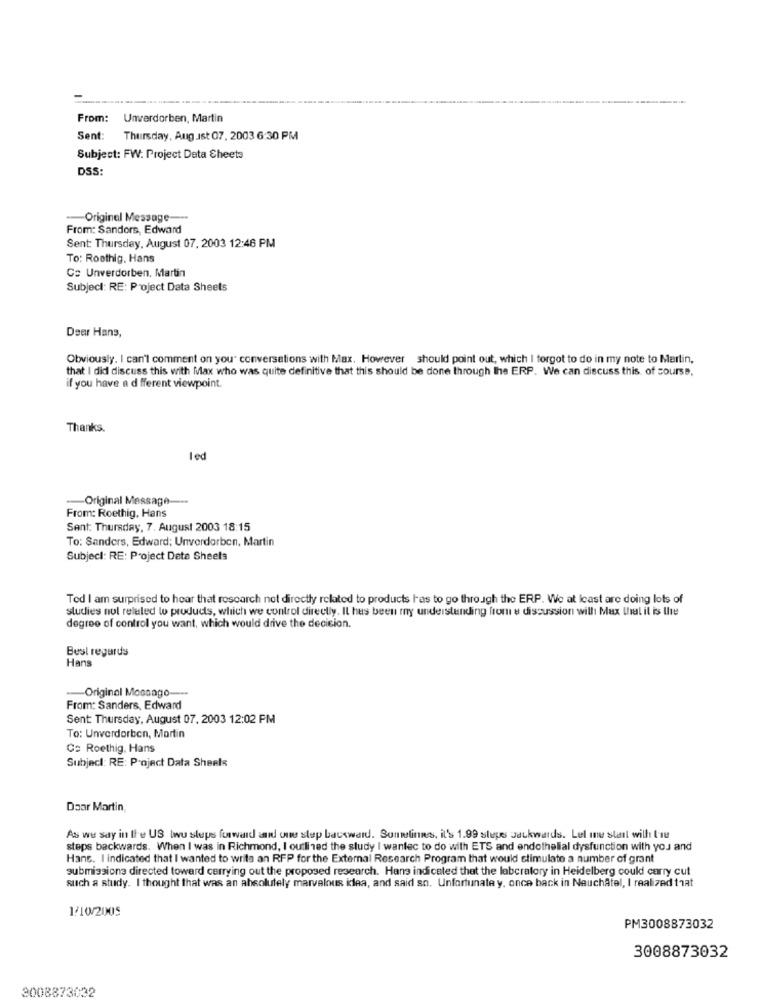
---
From:
Unverdorben, Martin
Sent: Thursday, August 07. 2003 6:30 PM
Subject: FW: Project Data Sheets
DSS
-- Original Message ---
From: Sandors, Edward
Sent: Thursday, August 07. 2003 12:46 PM
To: Roothig. Hans
Cs Unverdorben. Martin
Subject: RE: Project Data Sheets
Dear Hans,
Obviously. I can't comment on you conversations with Max. However should point out, which I forgot to do in my note to Martin,
that I did discuss this with Max who was quite definitive that this should be done through the ERP. We can discuss this, of course,
if you have a d fferent viewpoint.
Thanks.
Led
Original Message --
From: Roethig, Hans
Sent: Thursday, 7. August 2003 18:15
To: Sanders, Edward; Unverdorben, Martin
Subject: RE: Project Data Sheets
Tod I am surprised to hear that rescarch not directly related to products has to go through the ERP. We at least are doing lots of
studies nul related to products, which we control directly. Il has been my understanding from a discussion will Max that it is the
degree of control you want, which would drive the decision.
Best regards
Hans
-Original Mossago ---
From: Sanders, Edward
Sent: Thursday, August 07, 2003 12:02 PM
To: Unverdorben, Martin
Co Roethig, Hans
Subject: RE: Project Data Sheets
Daar Martin
As we say in Ile US two steps forward and one step backward. Sometimes, it's 1.99 steps Jackwards. Lel ine start with tte
steps backwards. When I was in Richmond, I outlined the study I wanlec to do with ETS and endothelial dysfunction with you and
Hans. I indicated that I wanted to write an RFP for the External Research Program that would stimulate a number of grant
submissions directed toward carrying out the proposed research. Hans indicated that the laboratory in Heidelberg could carry cut
such a study. I thought that was an absolutely marvelous idea, and said so. Unfortunate y, once back in Neuchâtel, I realized that
1/10/2005
PM3008873032
3008873032
3008873032